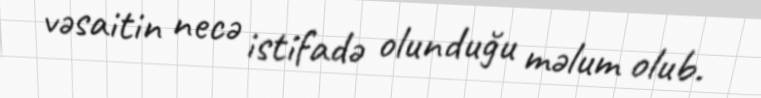
vəsaitin necə istifadə olunduğu məlum olub.